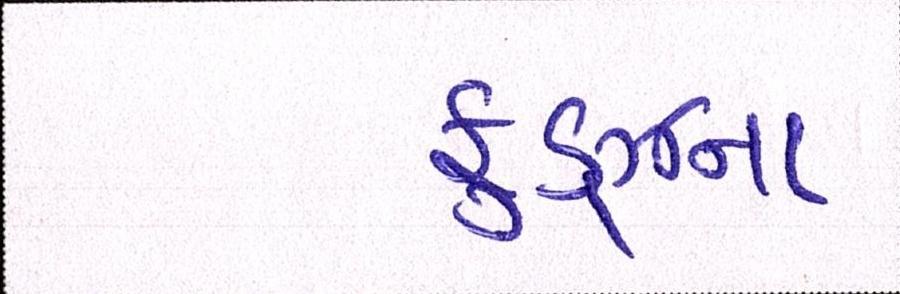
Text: ફૂડ્ઝના